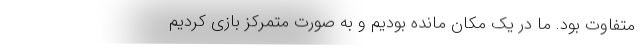
متفاوت بود. ما در یک مکان مانده بودیم و به صورت متمرکز بازی کردیم